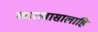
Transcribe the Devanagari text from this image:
कारावासालाहि